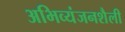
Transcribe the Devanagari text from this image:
अभिव्यंजनशैली